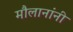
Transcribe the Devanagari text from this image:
मौलानांनी